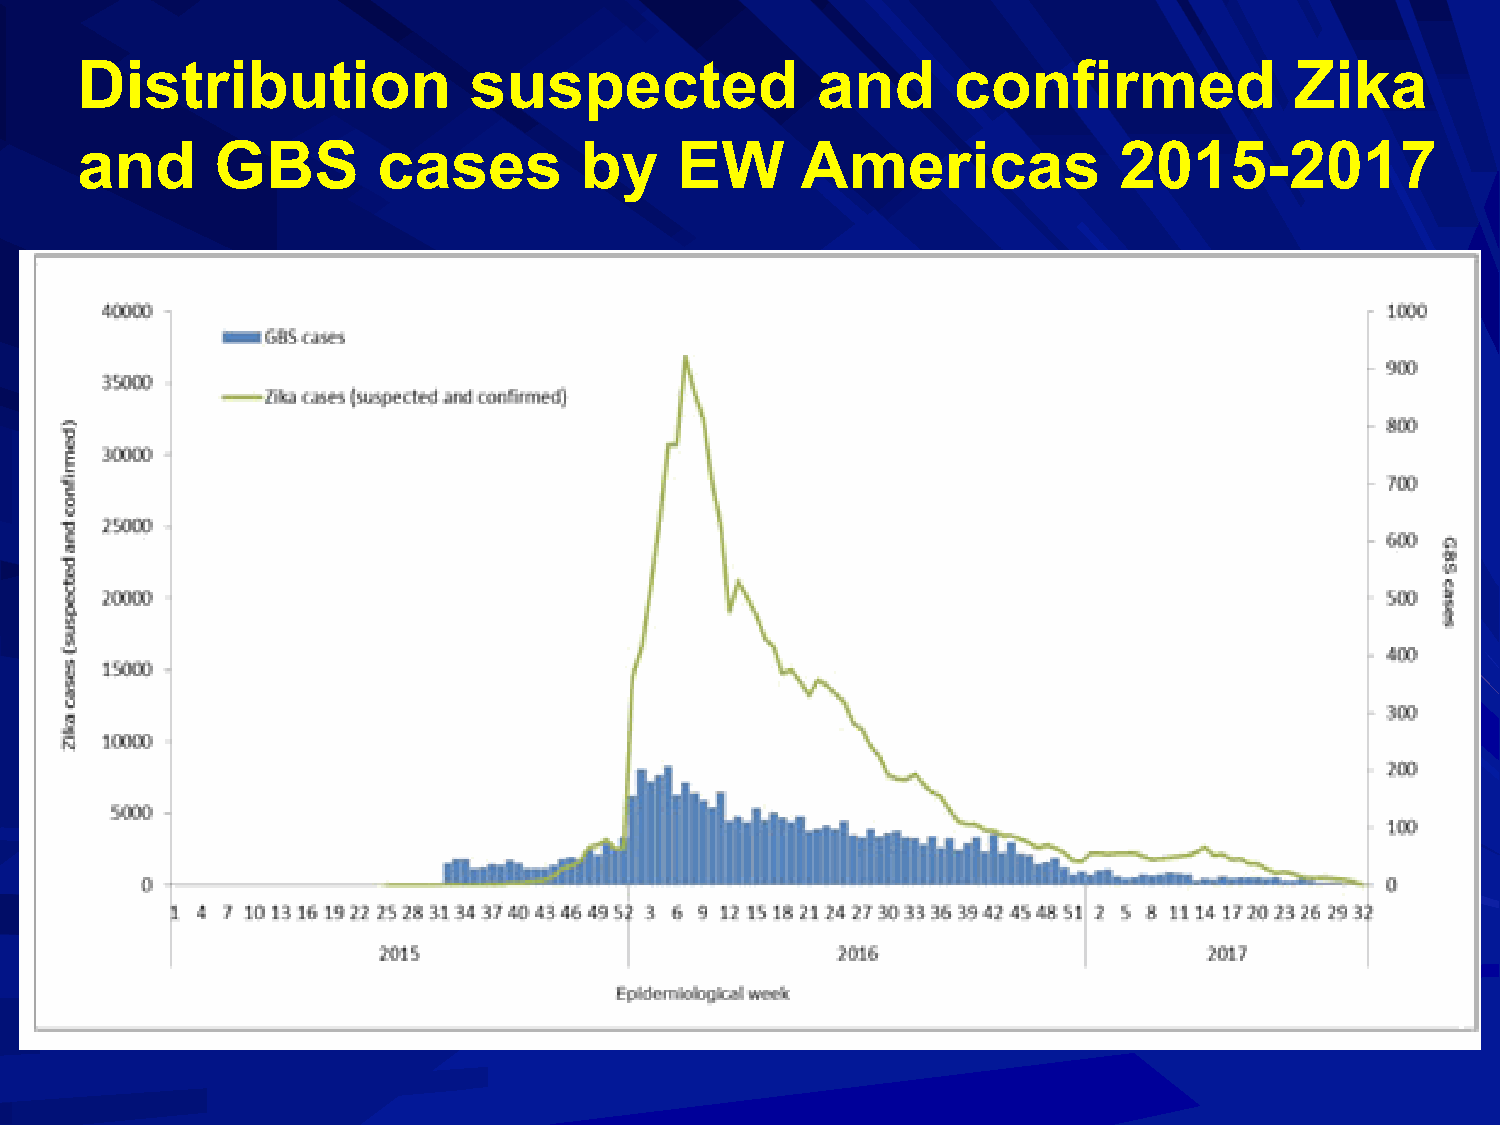
Distribution              suspected              and      confirmed              Zika
 and      GBS        cases        by     EW      Americas             2015-2017